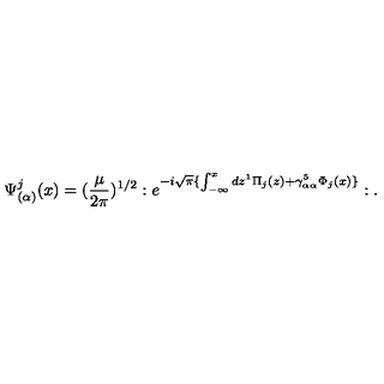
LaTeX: \Psi _ { ( \alpha ) } ^ { j } ( x ) = ( \frac { \mu } { 2 \pi } ) ^ { 1 / 2 } : e ^ { - i \sqrt { \pi } \{ \int _ { - \infty } ^ { x } d z ^ { 1 } \Pi _ { j } ( z ) + \gamma _ { \alpha \alpha } ^ { 5 } \Phi _ { j } ( x ) \} } : .